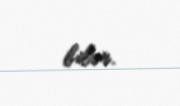
bilər.